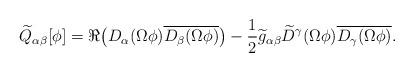
LaTeX: \begin{align*}\widetilde{Q}_{\alpha\beta}[\phi]=\Re\big(D_{\alpha}(\Omega\phi)\overline{D_{\beta}(\Omega\phi)}\big)-\frac{1}{2}\widetilde{g}_{\alpha\beta}\widetilde{D}^{\gamma}(\Omega\phi)\overline{D_{\gamma}(\Omega\phi)}.\end{align*}